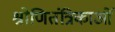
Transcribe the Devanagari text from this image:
श्रोणितंत्रिकाओं